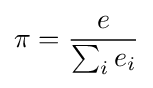
\pi ={\frac {e}{\sum _{i}{e_{i}}}}